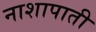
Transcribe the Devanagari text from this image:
नाशापाती